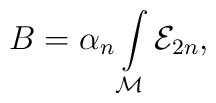
B=\alpha _{n}\int\limits_{{\cal M}}{\cal E}_{2n},